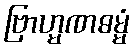
ဗြာဟ္မဏဓမ္မံ